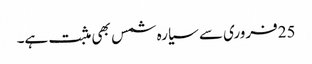
25فروری سے سیارہ شمس بھی مثبت ہے۔